Sketch of the medical history of the native army of Bombay, for the year
Year: 1872
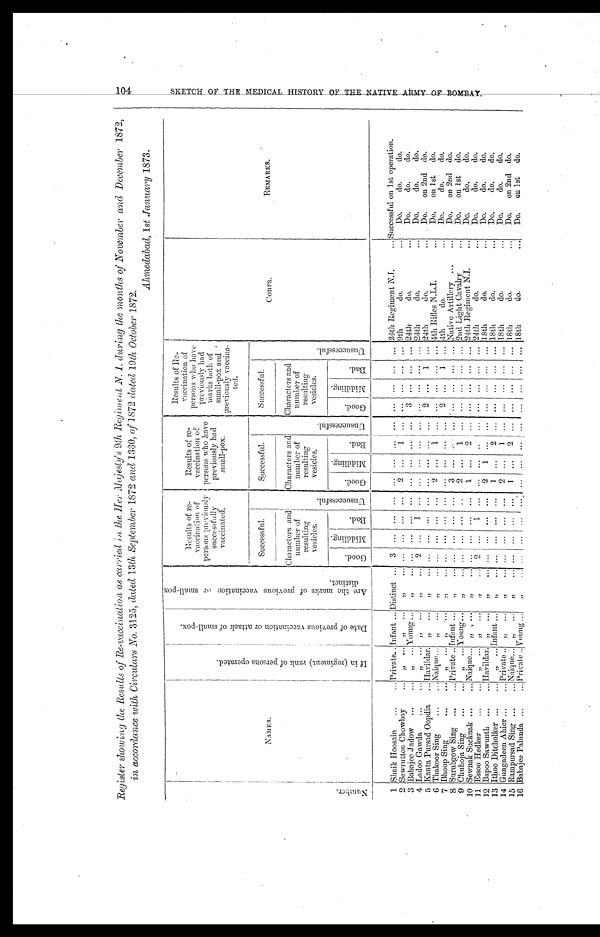
Register showing the Results of Re-vaccination as carried in the Her Majesty's 9th Regiment . N. 1. during the months of November an d December 1872,
in accordance with, Circulars No. 3125, dated 13th September 1872 and 1330, of 1872 dated 19th, October1 8 7 2 .
Ahmedabad, 1st January 1873.
N u m b e r .
N A M E S .
I f i n ( r e g i m e n t ) r a n k o f p e r s o n s o p e r a t e d .
D a t e o f p r e v i o u s v a c c i n a t i o n o r a t t a c k o f s m a l l - p o x .
A r e t h e m a r k s o f p r e v i o u s v a c c i n a t i o n o r s m a l l - p o x d i s t i n c t .
Results of re-
vaccination of
persons previously
successfully
vaccinated.
Results of re-
vaccination of
persons who have
previously had
small-pox.
Results of Re-
vaccination of
persons who have
previously had
marks both of
small-pox and
previously vaccine-
ted.
C O R P S .
REMARKS.
U n s u c c e s s f u l .
Successful.
U n s u c c e s s f u l .
Successful.
U n s u c c e s s f u l .
Successful.
Characters and
number of
resulting
vesicles.
Characters and
number of
resulting
vesicles.
Characters and
number of
resulting
vesicles.
G o o d .
M i d d l i n g .
B a d .
G o o d .
M i d d l i n g .
B a d .
G o o d .
M i d d l i n g .
B a d .
1 Sheik Hoosain
Private. Infant Distinct
3 ... ... ... ... ... ... ... ... ... ... ... 24th Regiment N.I.
Successful on 1st operation.
2 Sewraton Chowbay
"
"
" ... ... ... ...
2
. . .
1
. . .
. . . ...
. . .
. . .
9 t h d o . Do. do.
do.
3 Babajee Jadow
"
Young
"
. . . . . .
. . .
. . .
. . .
. . .
. . .
. . .
3 ...
. . . .
. . .
2 4 t h d o . Do. do. do.
4 Ladoo Gawda
"
"
"
2
. . .
1 ...
. . .
. . .
. . .
. . .
. . . ...
. . .
. . .
2 4 t h d o . Do. do. do.
5 Kanta Pursad Oopdia
Havildar
. . .
... ... ... ... ... ... ... ... ...
2 ...
1 ... 24th do.
Do. on 2nd do.
6 Thakoor Sing
Naique
"
"
. . . ...
. . . ...
2
. . .
1
. . .
. . . ...
. . . ... 4th Rifles N.L.I.
Do. on 1st do.
7 Bhoop Sing
"
"
"
. . . ... ... ... ... ... ...
. . .
2 . . .
1
. . . 4 t h do.
Do. do. do.
8 Surubgow Sing
Private Infant
"
. . . . . .
. . .
...
3
. . .
. . .
. . .
. . . ...
. . .
. . . Native Artillery Do. on 2nd do.
9 Chuhoja Sing
"
Y o u n g
"
. . . . . .
. . .
... 2
. . . 1 ...
. . .
... ... ...
2nd Light Cavalry
Do. on 1st do.
10 Sewnak Sucknak
Naique
"
"
. . . ... ... ...
1 ...
2
. . .
. . . ...
. . .
. . . 24th Regiment N.I.
Do. do. do.
11 Essoo Hedker
"
"
"
2
. . .
1 ...
. . .
. . .
. . . . . .
. . . ...
. . .
. . . 24th do.
Do. do. do.
12 Bapoo Sawunth
Havildar
"
"
. . . ... ... ...
2
1
. . .
. . .
. . .
. . .
. . .
. . . 18th do.
Do. do. do.
13 Ithoo Ditcholker
" Infant
"
. . . ... ... ...
1
. . .
2
. . .
. . . ...
. . .
. . . 18th do.
Do. do. do.
14 Gungadeen Ahier
Private
"
"
. . . ... ... ...
2 ...
1 ... ... ... ... ... 18th do.
Do. do. do.
15 Rampursad Sing
Naique
"
"
. . . . . .
. . . ...
1
. . . 2
. . . . . . ...
. . .
. . 18th do.
Do. on 2nd do.
16 Babajee Palunda
P r i v a t e
Young
"
. . . ... ... ... ...
. . .
. . .
. . . . . .
...
. . .
. . . 18th do.
Do. on 1st do.
1 0 4 S K E T C H O F T H E M E D I C A L , H I S T O R Y O F T H E N A T I V E A R M Y O F B O M B A Y .